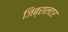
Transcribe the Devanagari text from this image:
जिब्रालटर